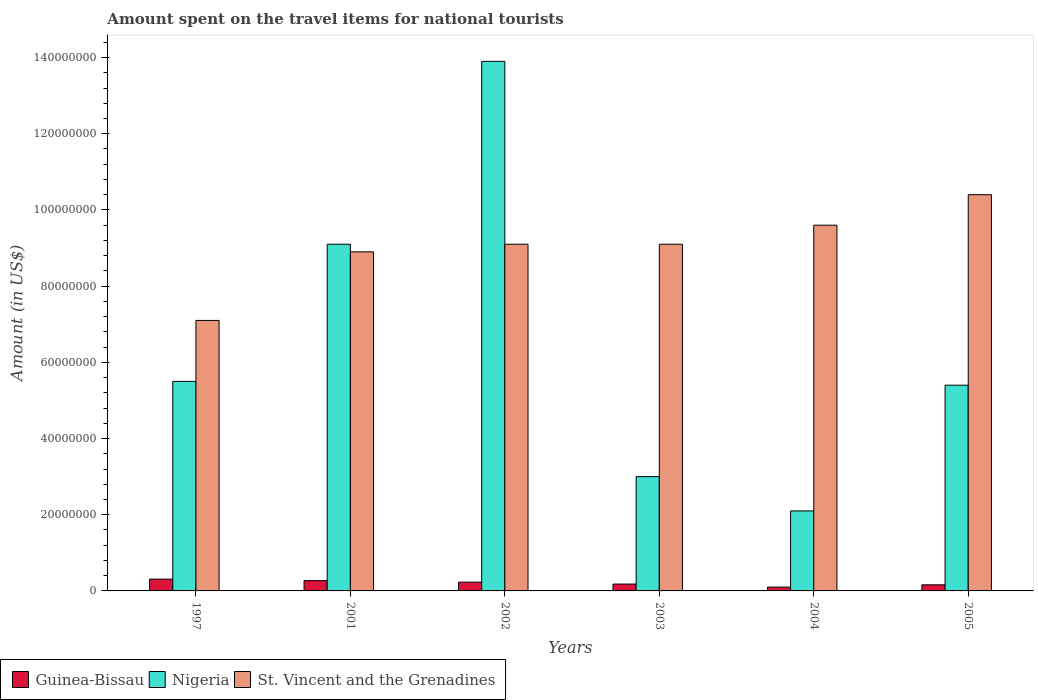
| Years | Guinea-Bissau | Nigeria | St. Vincent and the Grenadines |
 | --- | --- | --- | --- |
 | 1997 | 3.1e+06 | 5.5e+07 | 7.1e+07 |
 | 2001 | 2.7e+06 | 9.1e+07 | 8.9e+07 |
 | 2002 | 2.3e+06 | 1.39e+08 | 9.1e+07 |
 | 2003 | 1.8e+06 | 3e+07 | 9.1e+07 |
 | 2004 | 1e+06 | 2.1e+07 | 9.6e+07 |
 | 2005 | 1.6e+06 | 5.4e+07 | 1.04e+08 |